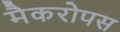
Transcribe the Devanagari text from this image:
मैकरोपस